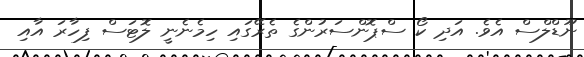
ނޫޑްލްސް އެވެ. އަދި ކޯ ސްޕޮންސަރުންގެ ތެރޭގައި ހިމެނެނީ ލޮޓަސް ފިހާރަ އާއި